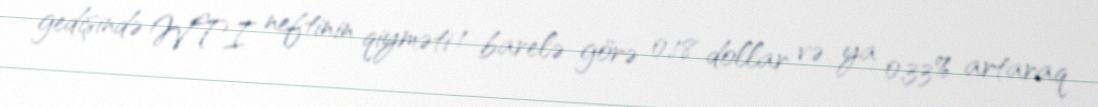
gedişində WTI neftinin qiyməti 1 barelə görə 0,18 dollar və ya 0,33% artaraq